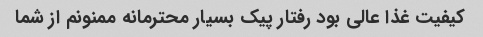
کیفیت غذا عالی بود رفتار پیک بسیار محترمانه ممنونم از شما